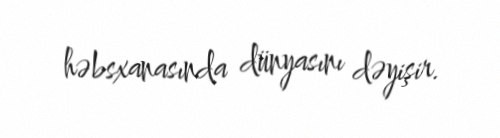
həbsxanasında dünyasını dəyişir.